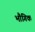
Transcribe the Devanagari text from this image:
भौगिक